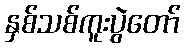
နှစ်သစ်ကူးပွဲတော်